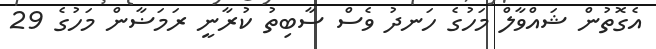
އެގޮތުން ޝައްވާލް މަހުގެ ހަނދު ވެސް ސާބިތު ކުރާނީ ރަމަޟާން މަހުގެ 29